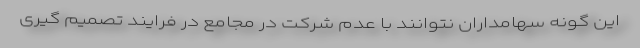
این گونه سهامداران نتوانند با عدم شرکت در مجامع در فرایند تصمیم گیری